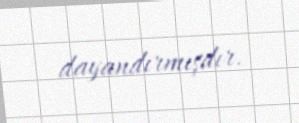
dayandırmışdır.